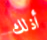
أذلك